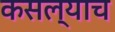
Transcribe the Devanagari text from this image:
कसल्याच